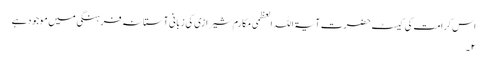
اس کرامت کی کیسٹ حضرت آیۃ اللہ العظمی مکارم شیرازی کی زبانی آستانہ فرہنگی میں موجود ہے
۲ ۔